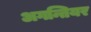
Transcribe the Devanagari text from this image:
अगन्तियर